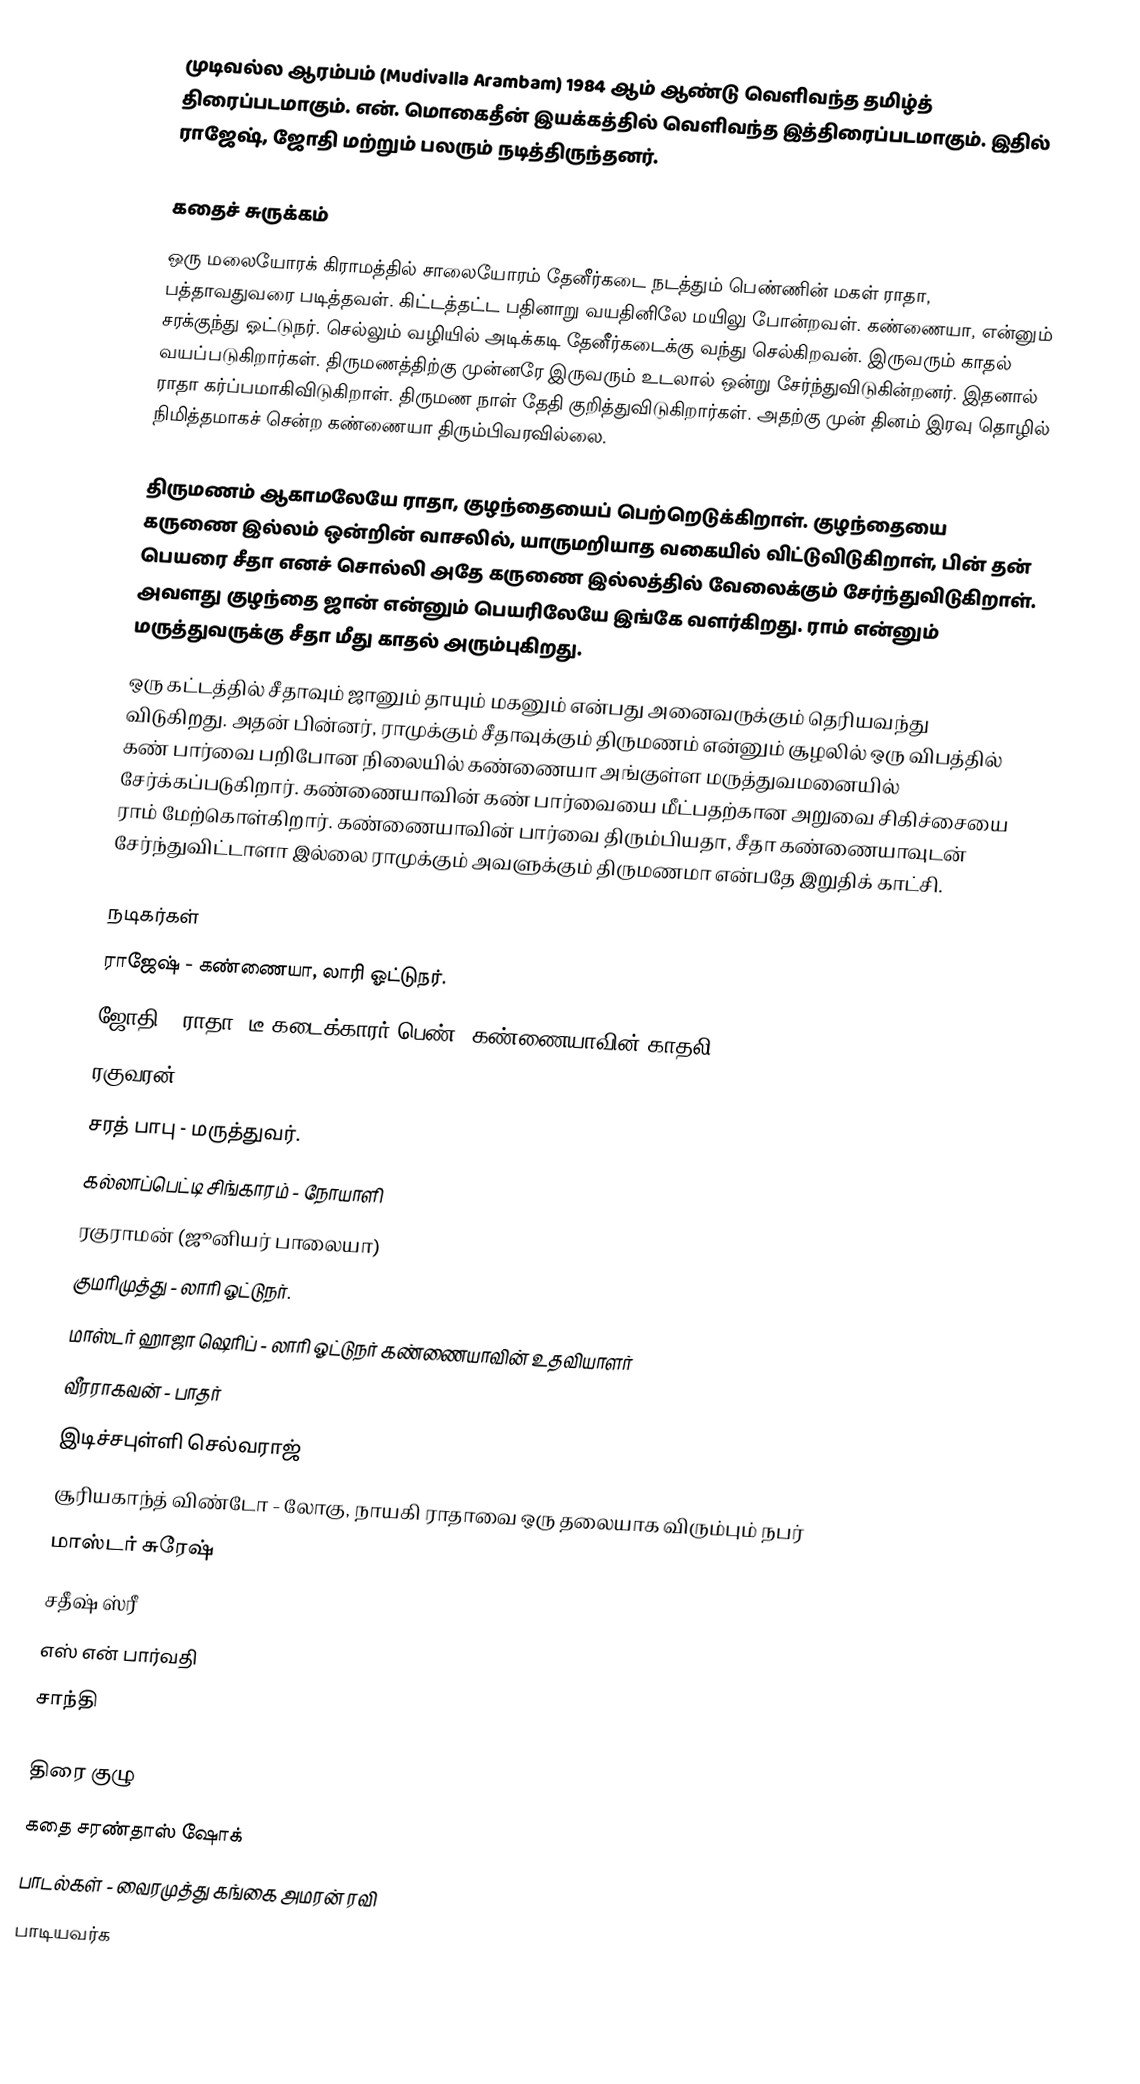
முடிவல்ல ஆரம்பம் (Mudivalla Arambam) 1984 ஆம் ஆண்டு வெளிவந்த தமிழ்த் திரைப்படமாகும். என். மொகைதீன் இயக்கத்தில் வெளிவந்த இத்திரைப்படமாகும். இதில் ராஜேஷ், ஜோதி மற்றும் பலரும் நடித்திருந்தனர்.

கதைச் சுருக்கம்
ஒரு மலையோரக் கிராமத்தில் சாலையோரம் தேனீர்கடை நடத்தும் பெண்ணின் மகள் ராதா, பத்தாவதுவரை படித்தவள். கிட்டத்தட்ட பதினாறு வயதினிலே மயிலு போன்றவள். கண்ணையா, என்னும் சரக்குந்து ஓட்டுநர். செல்லும் வழியில் அடிக்கடி தேனீர்கடைக்கு வந்து செல்கிறவன். இருவரும் காதல் வயப்படுகிறார்கள். திருமணத்திற்கு முன்னரே இருவரும் உடலால் ஒன்று சேர்ந்துவிடுகின்றனர். இதனால் ராதா கர்ப்பமாகிவிடுகிறாள். திருமண நாள் தேதி குறித்துவிடுகிறார்கள். அதற்கு முன் தினம் இரவு தொழில் நிமித்தமாகச் சென்ற கண்ணையா திரும்பிவரவில்லை.

திருமணம் ஆகாமலேயே ராதா, குழந்தையைப் பெற்றெடுக்கிறாள். குழந்தையை கருணை இல்லம் ஒன்றின் வாசலில், யாருமறியாத வகையில் விட்டுவிடுகிறாள், பின் தன் பெயரை சீதா எனச் சொல்லி அதே கருணை இல்லத்தில் வேலைக்கும் சேர்ந்துவிடுகிறாள். அவளது குழந்தை ஜான் என்னும் பெயரிலேயே இங்கே வளர்கிறது. ராம் என்னும் மருத்துவருக்கு சீதா மீது காதல் அரும்புகிறது.
ஒரு கட்டத்தில் சீதாவும் ஜானும் தாயும் மகனும் என்பது அனைவருக்கும் தெரியவந்து விடுகிறது. அதன் பின்னர், ராமுக்கும் சீதாவுக்கும் திருமணம் என்னும் சூழலில்  ஒரு விபத்தில் கண் பார்வை பறிபோன நிலையில் கண்ணையா அங்குள்ள மருத்துவமனையில் சேர்க்கப்படுகிறார். கண்ணையாவின் கண் பார்வையை மீட்பதற்கான அறுவை சிகிச்சையை ராம் மேற்கொள்கிறார். கண்ணையாவின் பார்வை திரும்பியதா, சீதா கண்ணையாவுடன் சேர்ந்துவிட்டாளா இல்லை ராமுக்கும் அவளுக்கும் திருமணமா என்பதே இறுதிக் காட்சி.

நடிகர்கள்
 ராஜேஷ் - கண்ணையா, லாரி ஓட்டுநர்.
 ஜோதி - ராதா. டீ கடைக்காரர் பெண். கண்ணையாவின் காதலி.
 ரகுவரன்
 சரத் பாபு - மருத்துவர்.
 கல்லாப்பெட்டி சிங்காரம் - நோயாளி
 ரகுராமன் (ஜூனியர் பாலையா)
 குமரிமுத்து - லாரி ஓட்டுநர்.
 மாஸ்டர் ஹாஜா ஷெரிப் - லாரி ஓட்டுநர் கண்ணையாவின் உதவியாளர்
 வீரராகவன் - பாதர்
 இடிச்சபுள்ளி செல்வராஜ்
 சூரியகாந்த் விண்டோ - லோகு, நாயகி ராதாவை ஒரு தலையாக விரும்பும் நபர்
 மாஸ்டர் சுரேஷ்
 சதீஷ் ஸ்ரீ
 எஸ் என் பார்வதி
 சாந்தி

திரை குழு
 கதை சரண்தாஸ் ஷோக்
 பாடல்கள் - வைரமுத்து கங்கை அமரன் ரவி
 பாடியவர்க